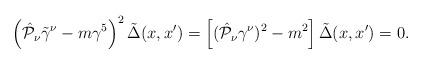
LaTeX: \begin{align*}\left( \hat{{\cal P}}_\nu \tilde{\gamma}^\nu - m\gamma^5 \right)^2\tilde{\Delta}(x,x')=\left[ (\hat{{\cal P}}_\nu \gamma ^\nu)^2 - m^2 \right] \tilde{\Delta}(x,x')=0.\end{align*}